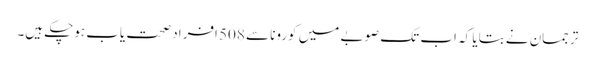
ترجمان نے بتایا کہ اب تک صوبے میں کورونا سے 508 افراد صحت یاب ہوچکے ہیں۔